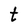
Character: t